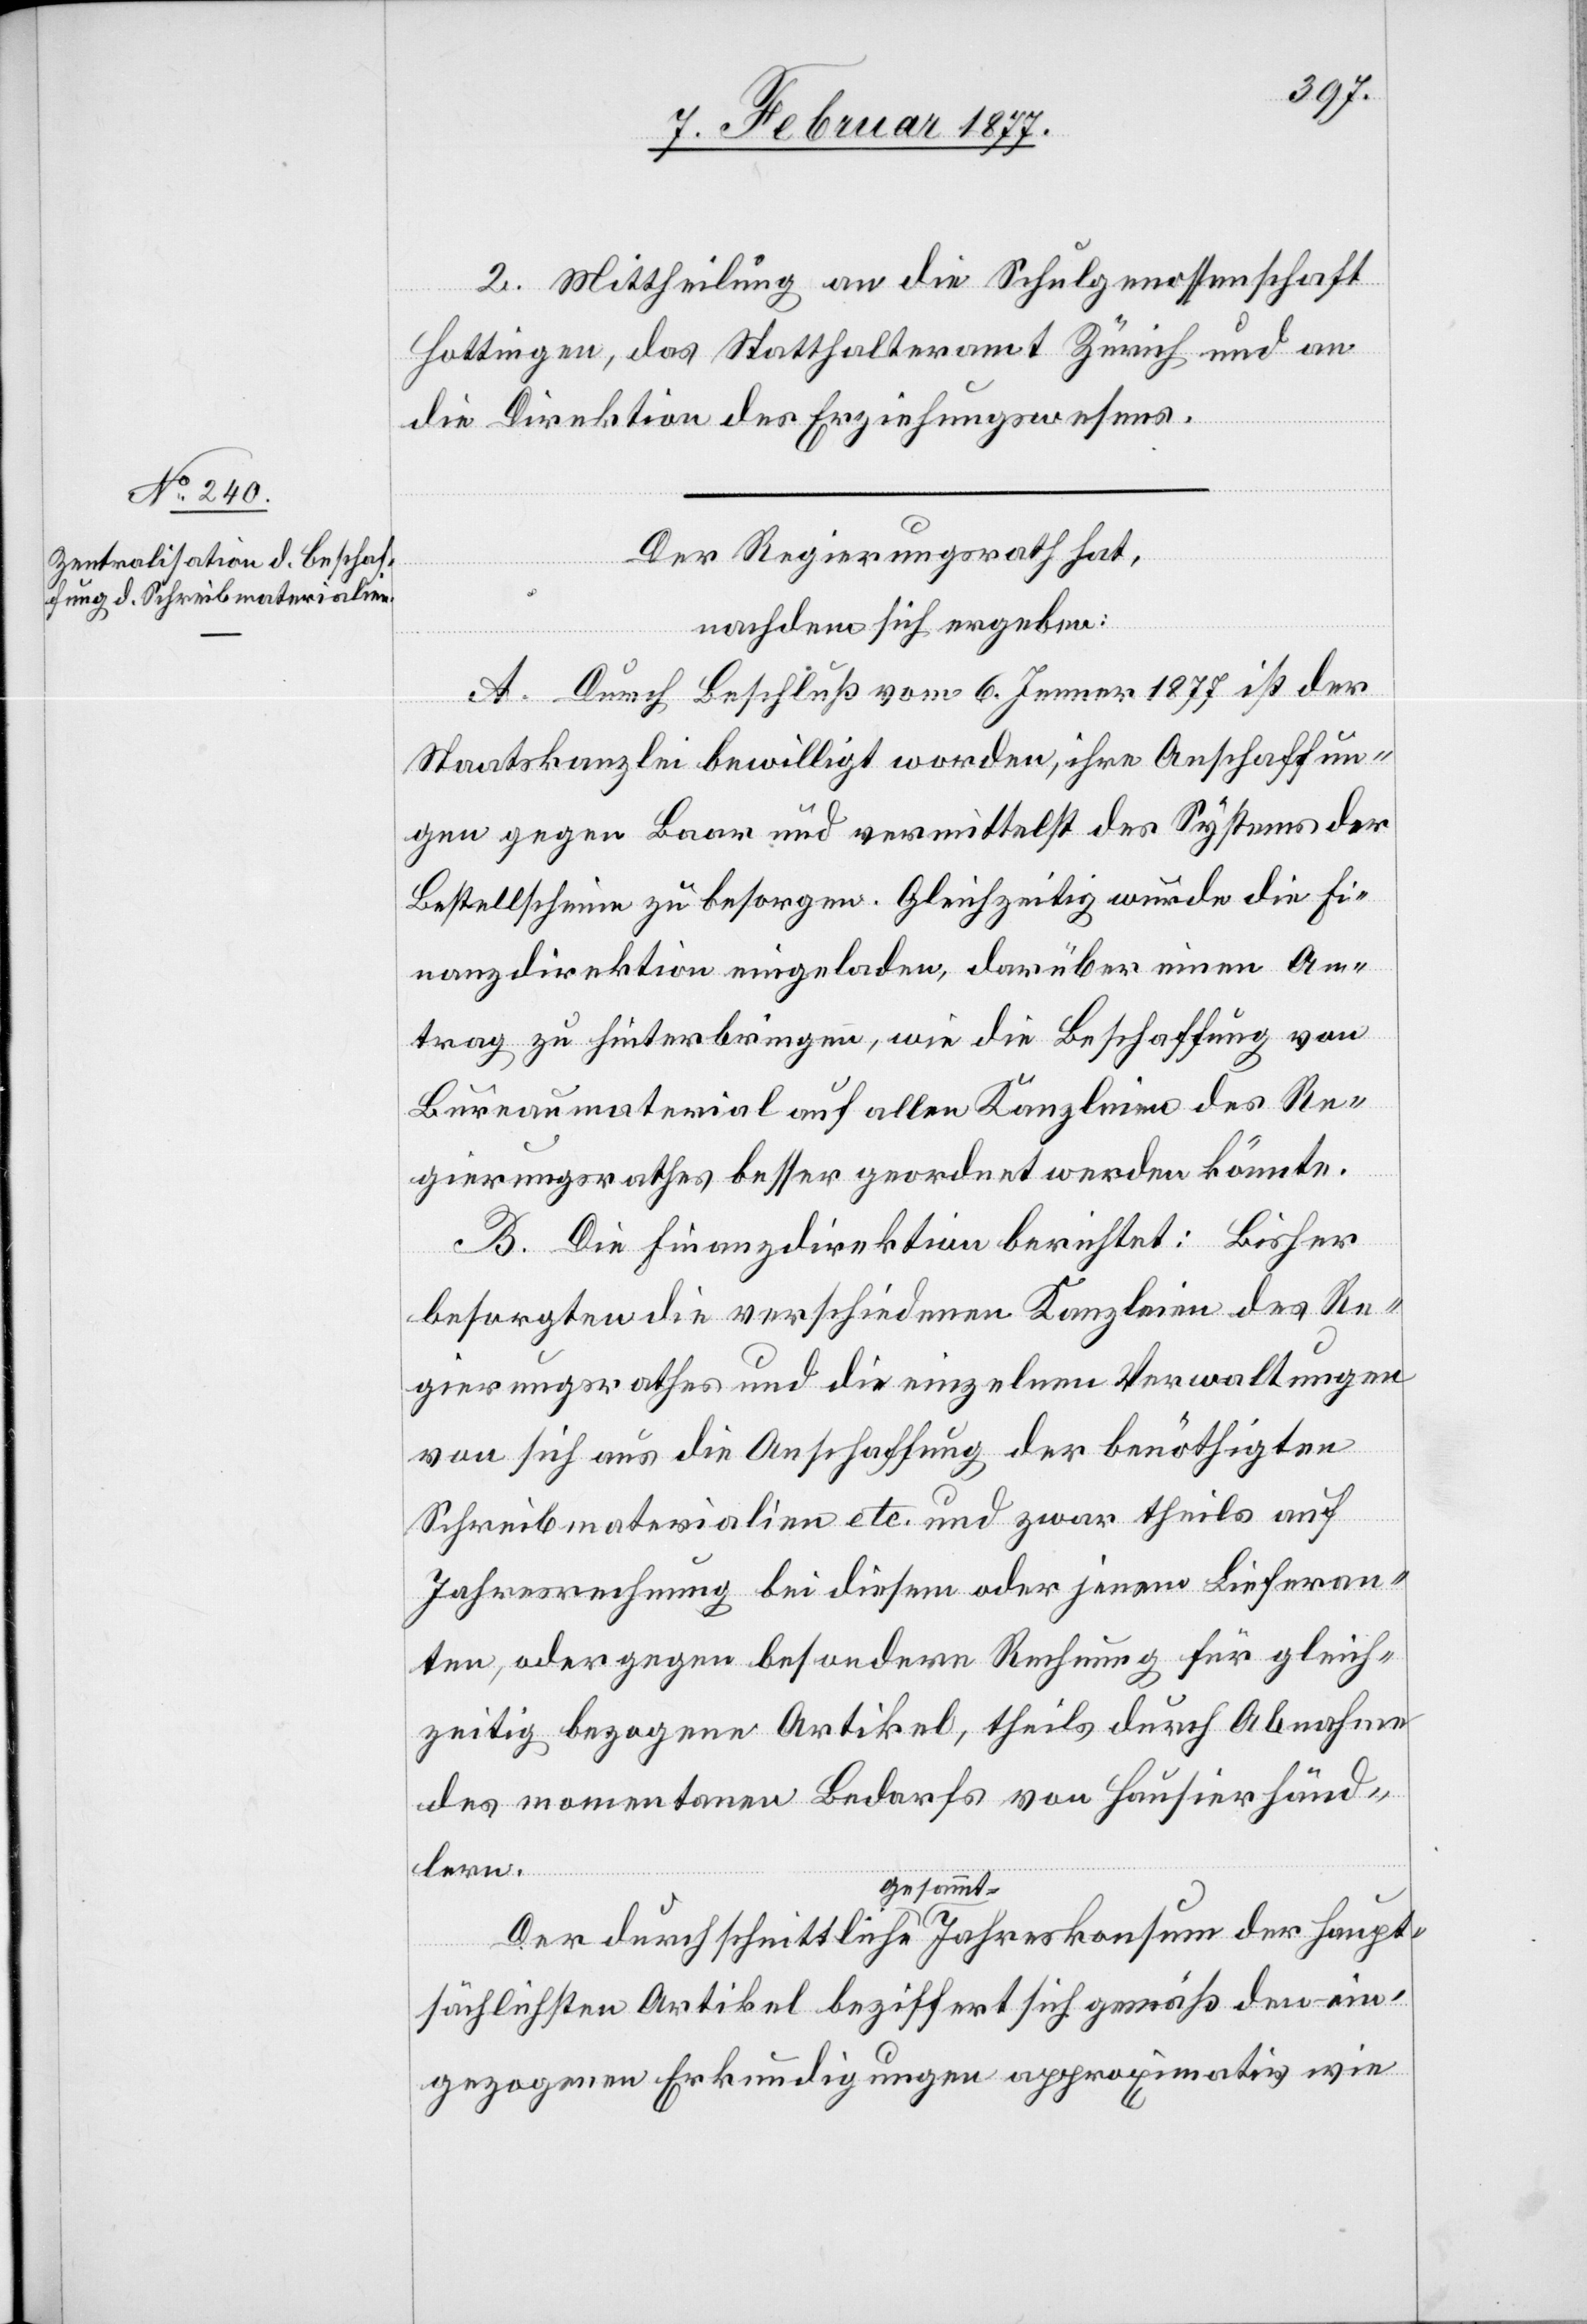
2. Mittheilung an die Schulgenossenschaft
Hottingen, das Statthalteramt Zürich und an
die Direktion des Erziehungswesens.
Der Regierungsrath hat,
haupt¬
nachdem sich ergeben:
A. Durch Beschluß vom 6. Jenner 1877 ist der
Staatskanzlei bewilligt worden, ihre Anschaffun¬
gen gegen Baar und vermittelst des Systems der
Bestellscheine zu besorgen. Gleichzeitig wurde die Fi¬
nanzdirektion eingeladen, darüber einen An¬
trag zu hinterbringen, wie die Beschaffung von
Bureaumaterial auf allen Kanzleien des Re¬
gierungsrathes besser geordnet werden könnte.
B. Die Finanzdirektion berichtet: Bisher
besorgten die verschiedenen Kanzleien des Re¬
gierungsrathes und die einzelnen Verwaltungen
von sich aus die Anschaffung der benöthigten
Schreibmaterialen etc. und zwar theils auf
Jahresrechnung bei diesem oder jenem Lieferan¬
ten, oder gegen besondere Rechnung für gleich¬
zeitig bezogene Artikel, theils durch Abnahme
des momentanen Bedarfs von Hausierhänd¬
lern.
sächlichen Artikel beziffert sich gemäß den ein¬
gezogenen Erkundigungen approximativ wie